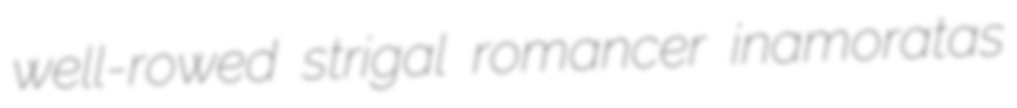
well-rowed strigal romancer inamoratas